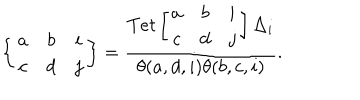
\left\{ \begin{array} { c c c } { { a } } & { { b } } & { { i } } \\ { { c } } & { { d } } & { { j } } \\ \end{array} \right\} = \frac { T e t \left[ \begin{array} { c c c } { { a } } & { { b } } & { { i } } \\ { { c } } & { { d } } & { { j } } \\ \end{array} \right] \Delta _ { i } } { \theta ( a , d , i ) \theta ( b , c , i ) } .